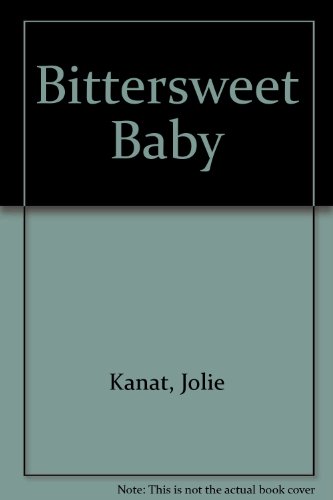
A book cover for Bittersweet Baby; Jolie Kanat; Health, Fitness & Dieting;